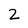
Character: 2